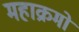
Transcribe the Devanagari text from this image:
महाक्रमो